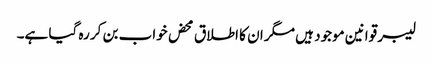
لیبر قوانین موجود ہیں مگر ان کا اطلاق محض خواب بن کر رہ گیا ہے۔